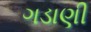
ગડાણી